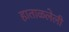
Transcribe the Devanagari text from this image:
हाताळलेली